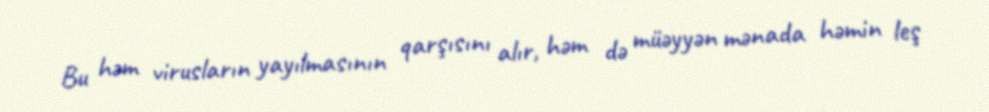
Bu həm virusların yayılmasının qarşısını alır, həm də müəyyən mənada həmin leş